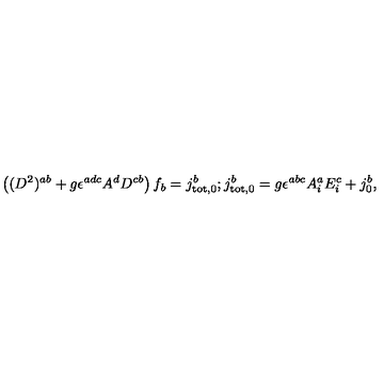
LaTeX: \left( ( D ^ { 2 } ) ^ { a b } + g \epsilon ^ { a d c } A ^ { d } D ^ { c b } \right) f _ { b } = j _ { \mathrm { t o t } , 0 } ^ { b } ; j _ { \mathrm { t o t } , 0 } ^ { b } = g \epsilon ^ { a b c } A _ { i } ^ { a } E _ { i } ^ { c } + j _ { 0 } ^ { b } ,